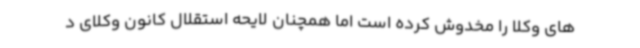
های وکلا را مخدوش کرده است اما همچنان لایحه استقلال کانون وکلای د